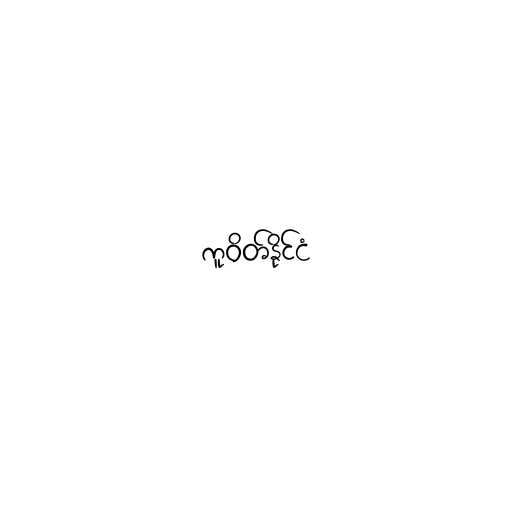
ကူဝိတ်နိုင်ငံ